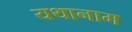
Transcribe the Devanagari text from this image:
यथानाम